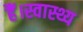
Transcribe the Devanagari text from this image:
हैं।स्वास्थ्य